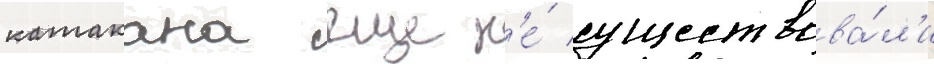
катакана еще н'е́ существова́л'и